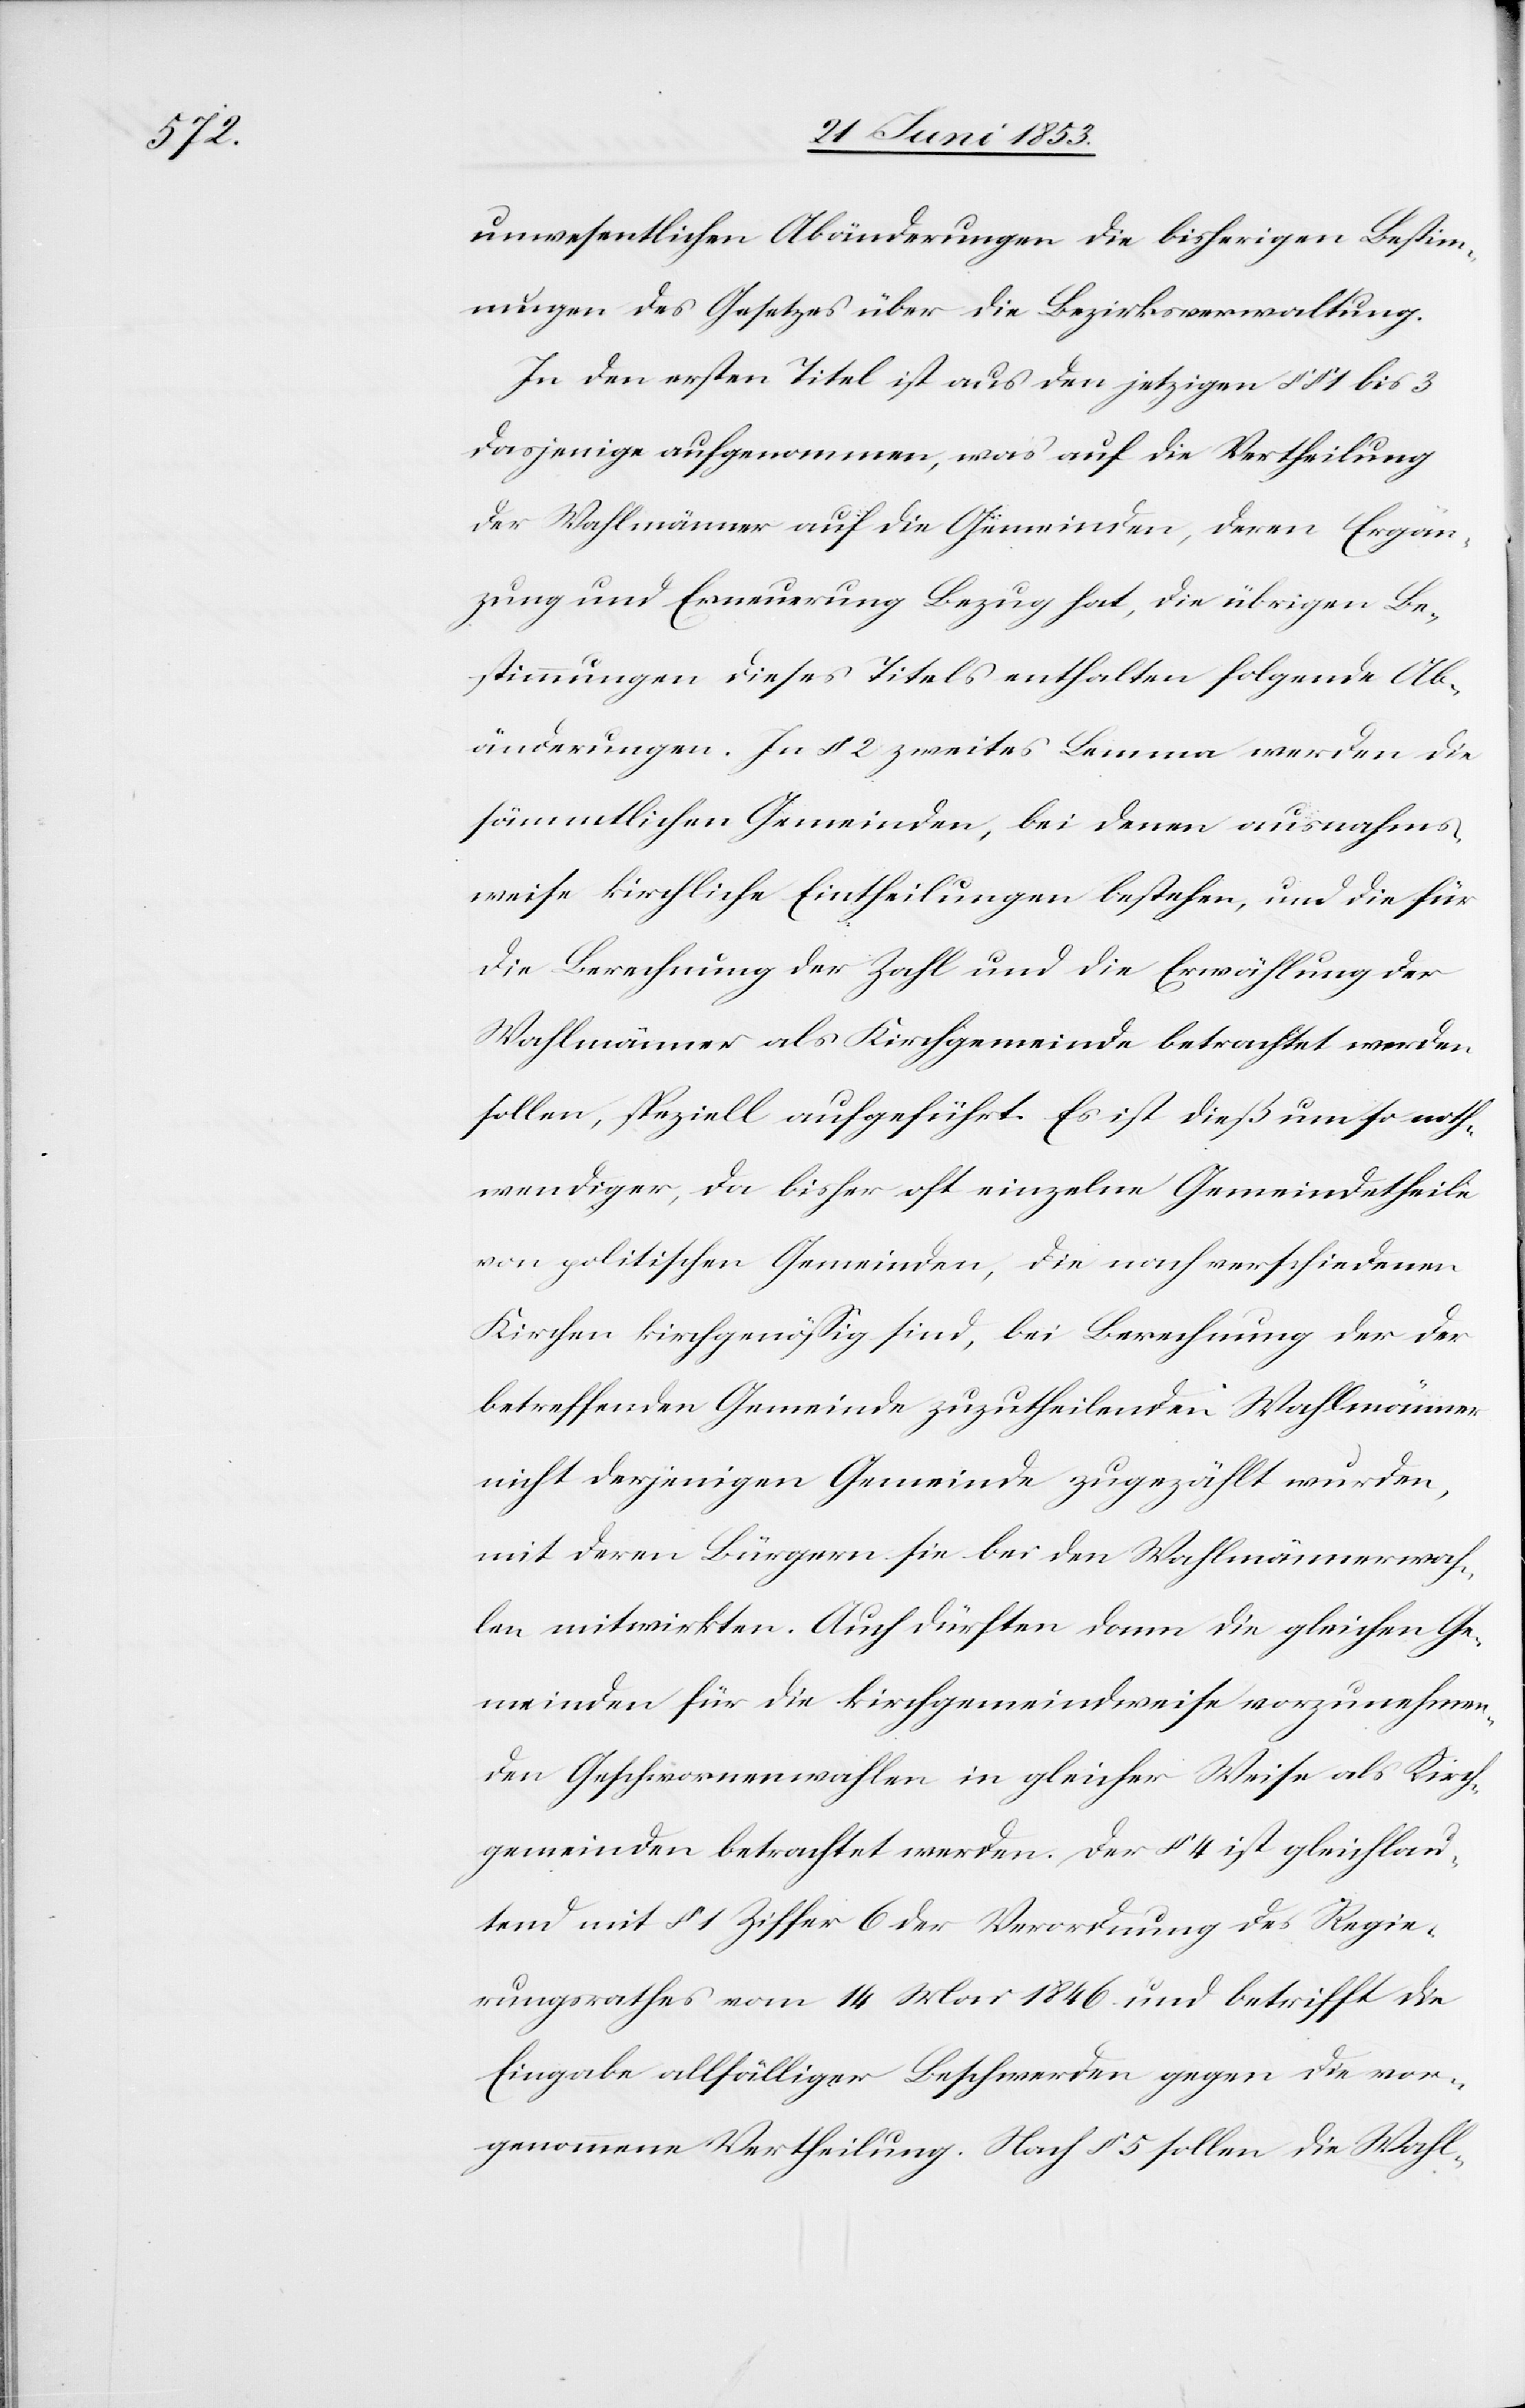
unwesentlichen Abänderungen die bisherigen Bestimm¬
ungen des Gesetzes über die Bezirksverwaltung.
In den ersten Titel ist aus den jetzigen §§ 1 bis 3
dasjenige aufgenommen, was auf die Vertheilung
der Wahlmänner auf die Gemeinden, deren Ergän¬
zung und Erneuerung Bezug hat, die übrigen Be¬
stimmungen dieses Titels enthalten folgende Ab¬
änderungen. In § 2 zweites Lemma werden die
sämmtlichen Gemeinden, bei denen ausnahms¬
weise kirchliche Eintheilungen bestehen, und die für
die Berechnung der Zahl und die Erwählung der
Wahlmänner als Kirchgemeinde betrachtet werden
sollen, speziell aufgeführt. Es ist dieß um so noth¬
wendiger, da bisher oft einzelne Gemeindetheile
von politischen Gemeinden, die noch verschiedenen
Kirchen kirchgenößig sind, bei Berechnung der der
betreffenden Gemeinde zuzutheilenden Wahlmänner
nicht derjenigen Gemeinde zugezählt wurden,
mit deren Bürgern sie bei den Wahlmännerwah¬
len mitwirkten. Auch dürften dann die gleichen Ge¬
meinden für die kirchgemeindeweise vorzunehmen¬
den Geschwornenwahlen in gleicher Weise als Kirch¬
gemeinden betrachtet werden. Der § 4 ist gleichlau¬
tend mit § 1 Ziffer 6 der Verordnung des Regie¬
rungsrathes vom 14 Mai 1846 und betrifft die
Eingabe allfälliger Beschwerden gegen die vor¬
genommene Vertheilung. Nach § 5 sollen die Wahl-